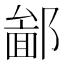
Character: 𨝣